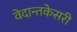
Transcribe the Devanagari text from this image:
वेदान्तकेसरी